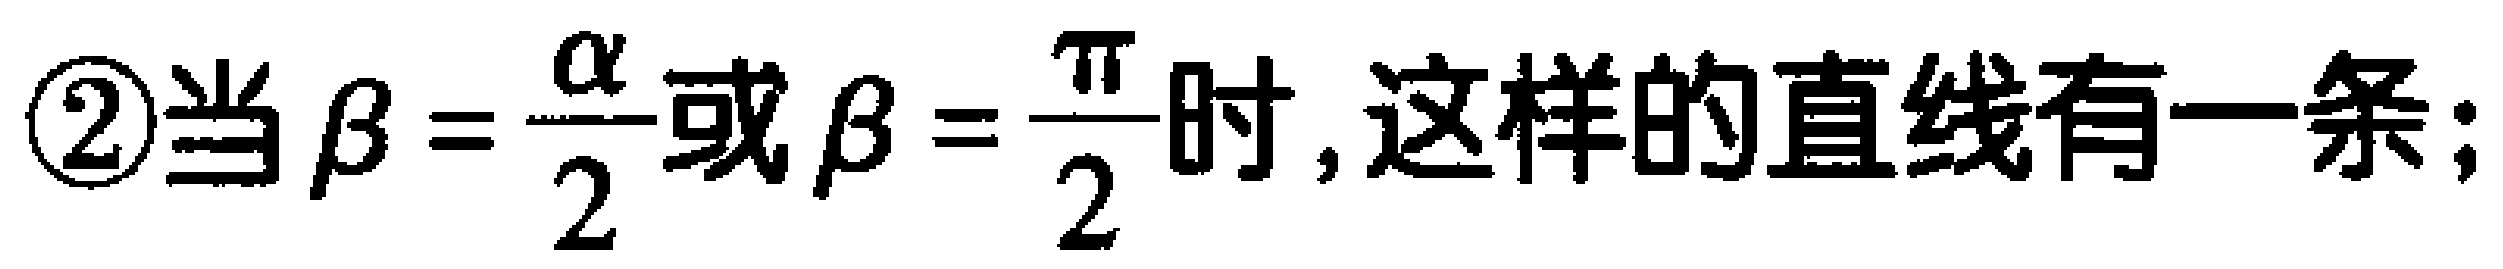
\textcircled{2}当$\beta = \dfrac{\alpha}{2}$或$\beta = \dfrac{\pi}{2}$时,这样的直线有一条;